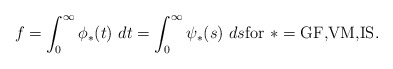
\begin{align*}f = \int_0^\infty \phi_*(t)~dt = \int_0^\infty \psi_*(s)~ds \mbox{for~}*=\mbox{GF,VM,IS}.\end{align*}